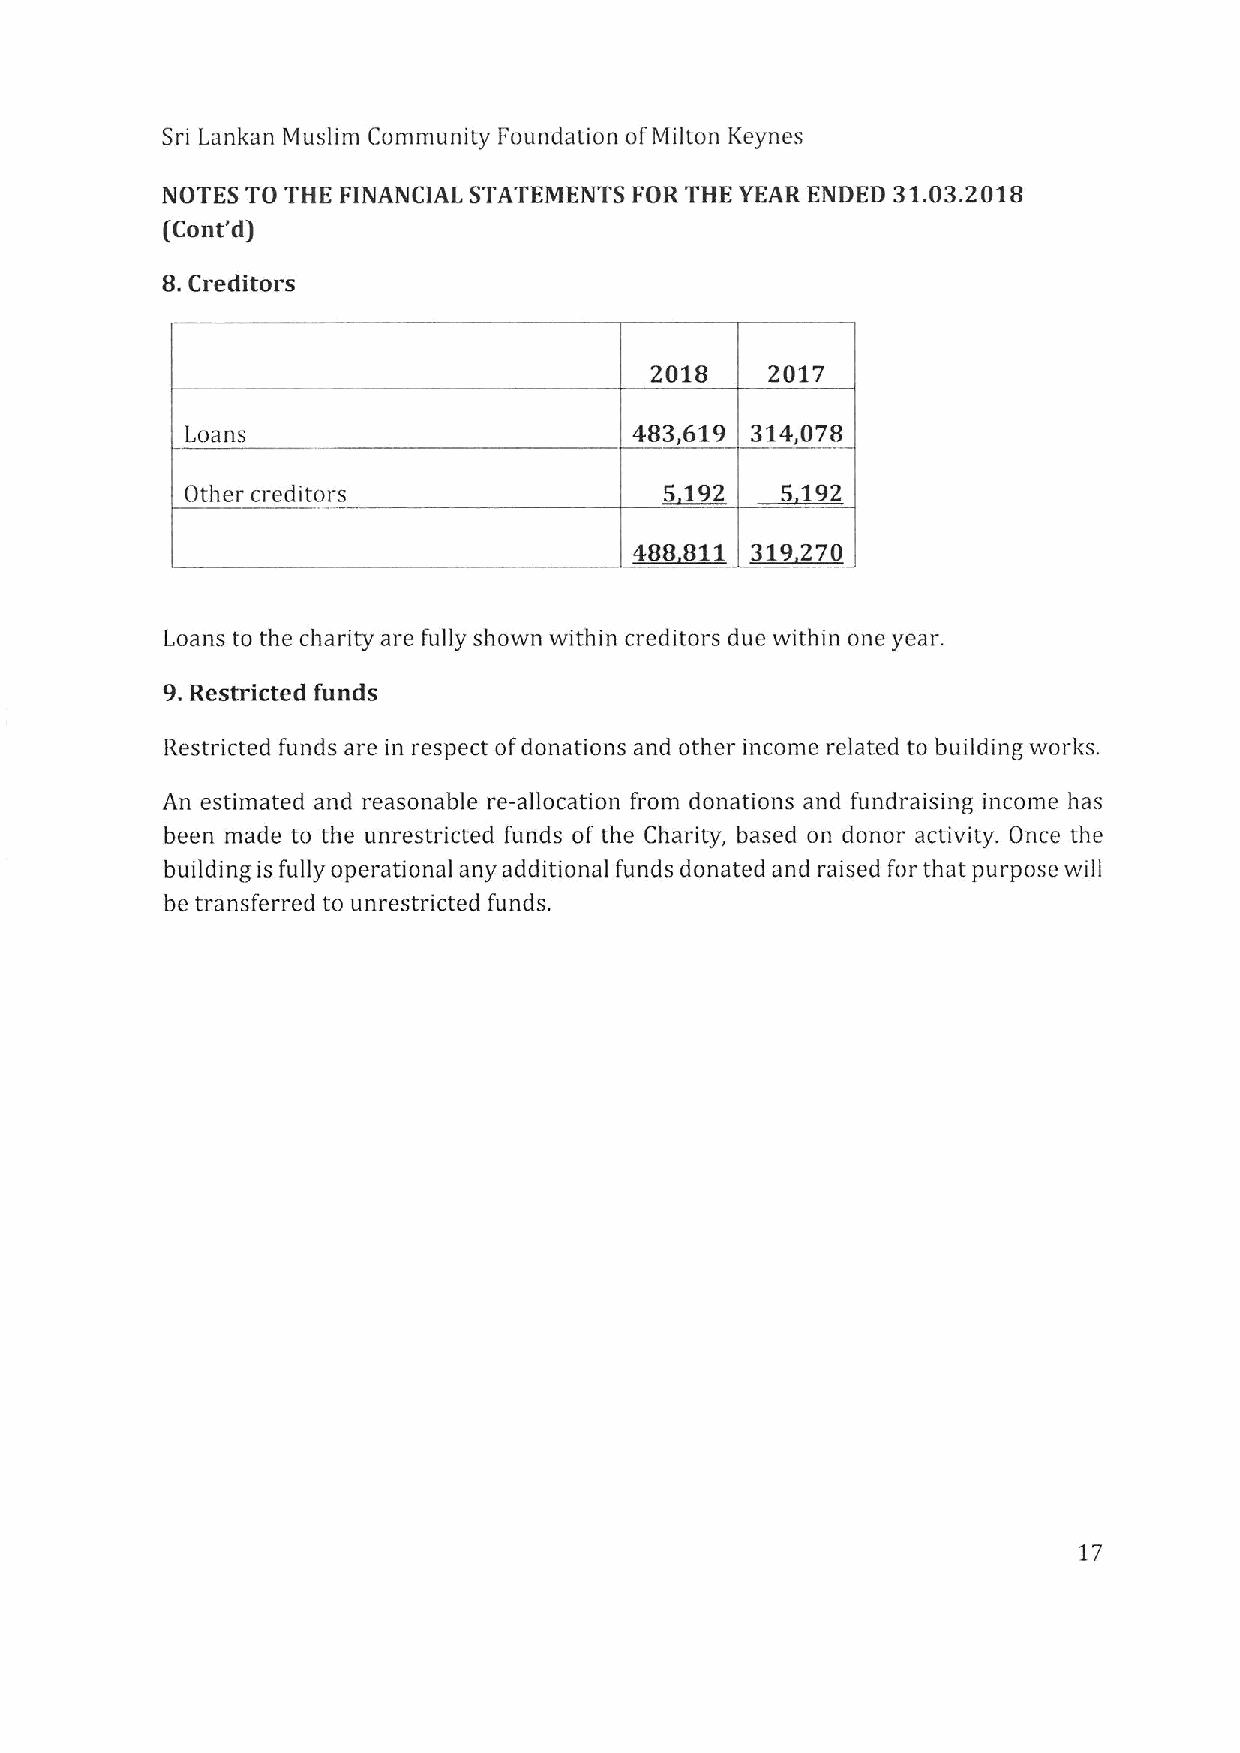
Sri Lankan Muslim Community Foundation ofMilton Keynes
 NOTES TO THE FINANCIAL STATEMENTS FOR THE YEAR ENDED
 31.03.2018
 (Cont'd)
 8.Creditors
 2018    2017
 Loans                         483,619 314,078
 Other creditors                 5 192   5 192
 488 811 319270
 Loans to the charity are fully shown within creditors due within one year.
 9.Restricted funds
 Restricted funds are in respect ofdonations and other income related to building works.
 An estimated and reasonable re-allocation from donations and fundraising income has
 been made to the unrestricted funds of the Charity, based on donor activity. Once the
 building is fully operational any additional funds donated and raised for that purpose will
 be transferred to unrestricted funds.
 17